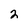
Character: 2